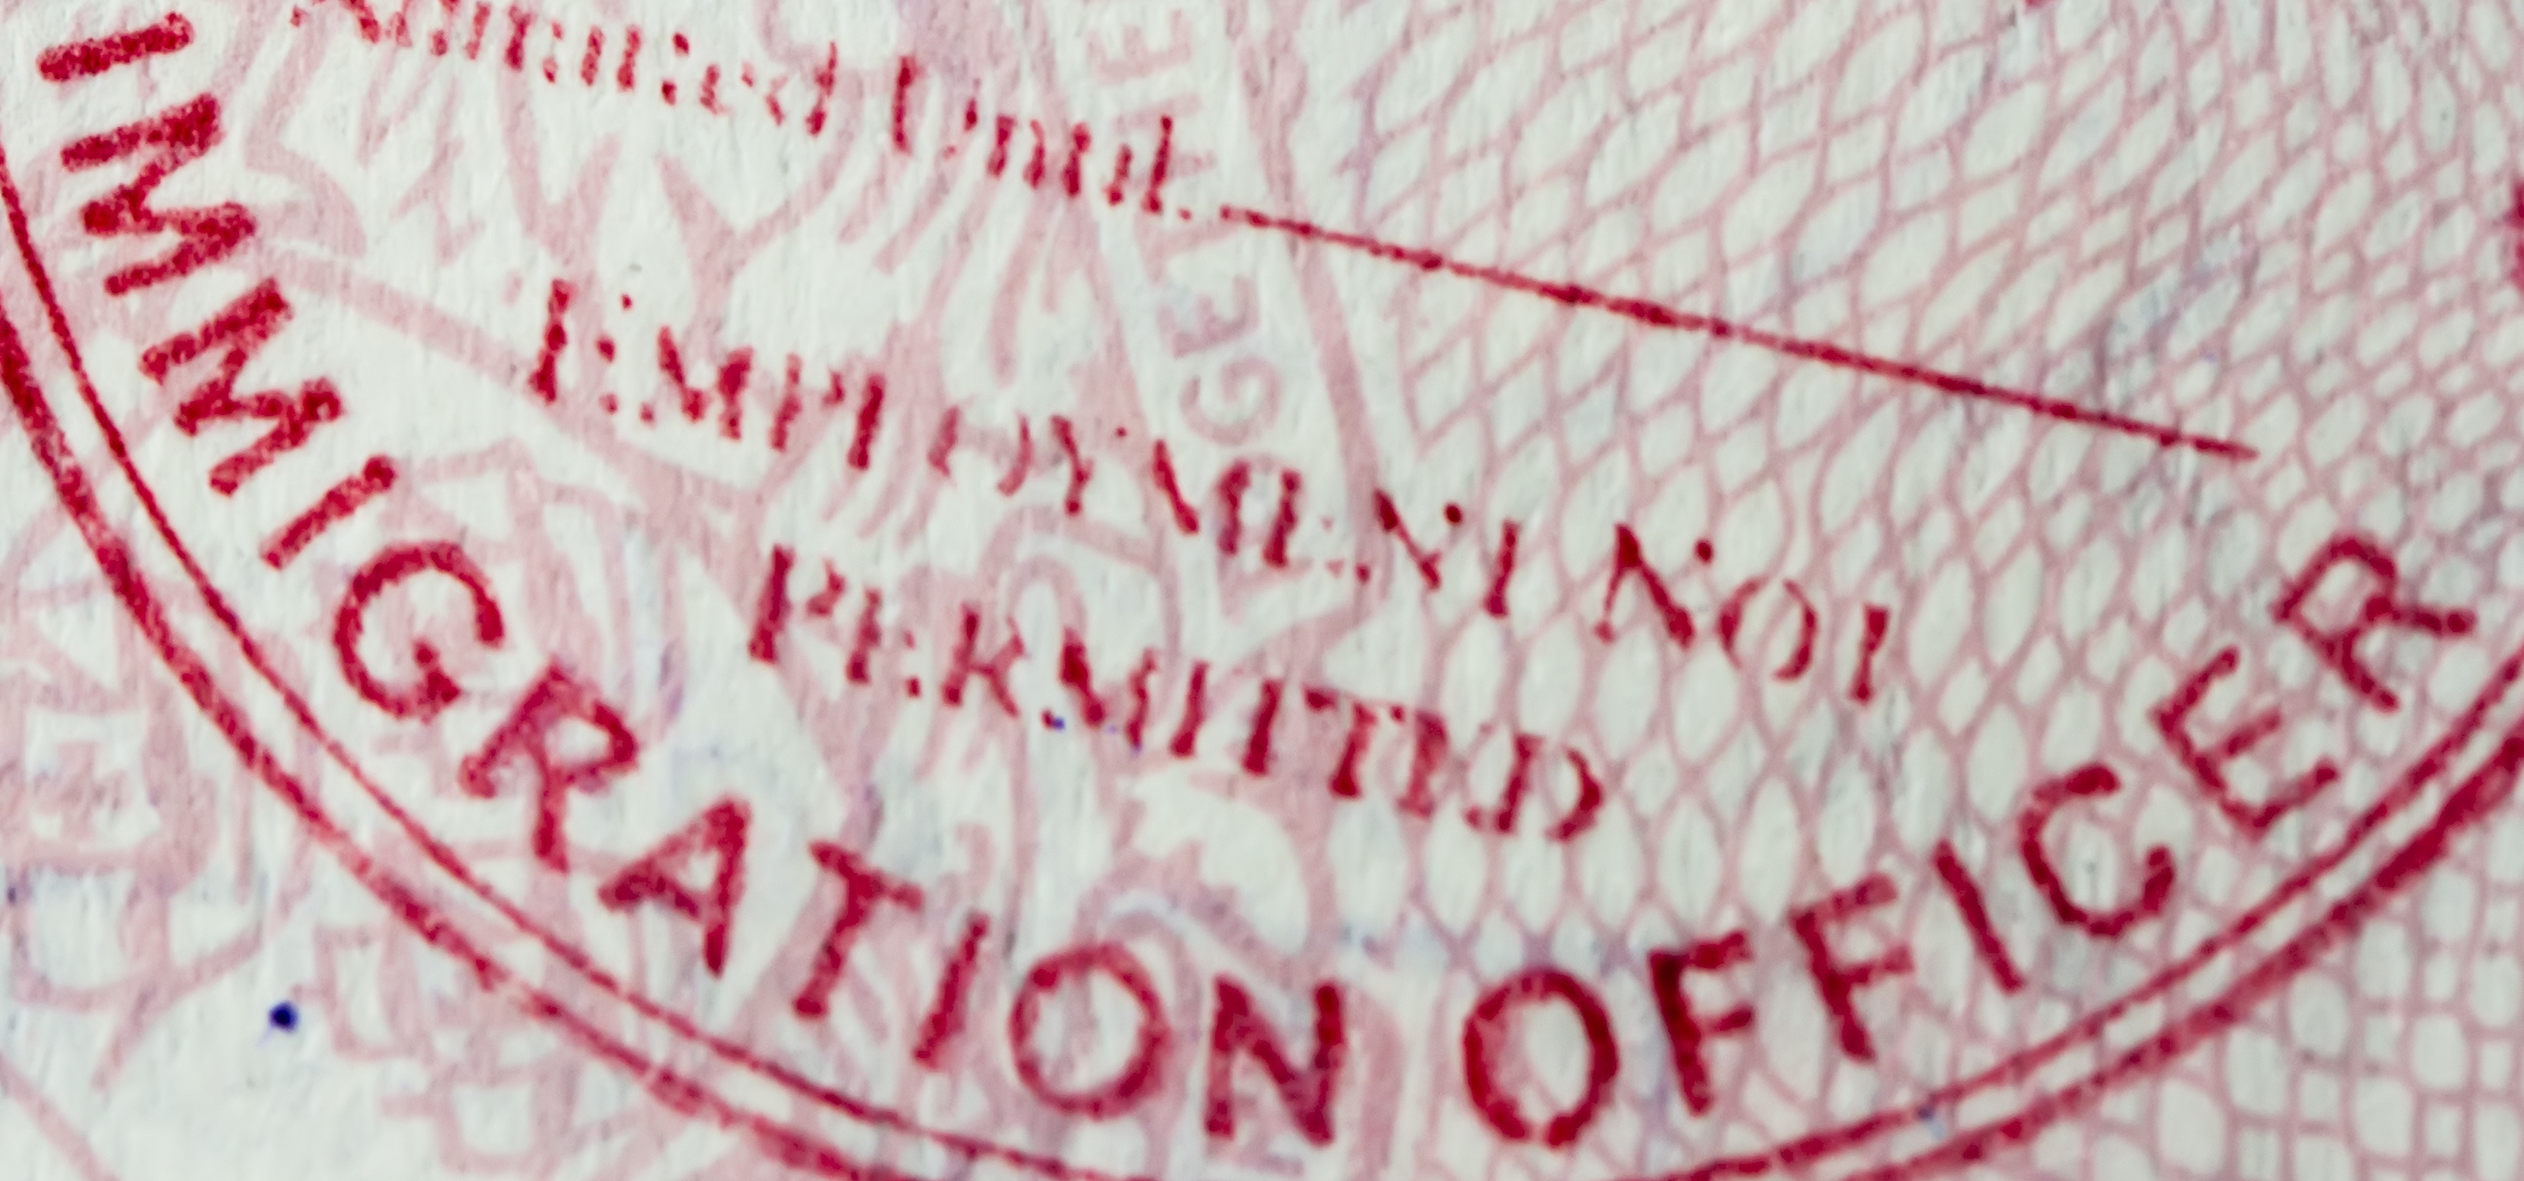
IMMIGRATION OFFICER